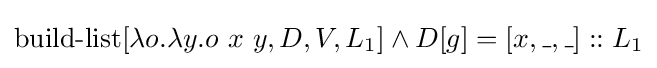
\operatorname {build-list} [\lambda o.\lambda y.o\ x\ y,D,V,L_{1}]\land D[g]=[x,\_,\_]::L_{1}